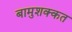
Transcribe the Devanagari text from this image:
बामुशक्कत